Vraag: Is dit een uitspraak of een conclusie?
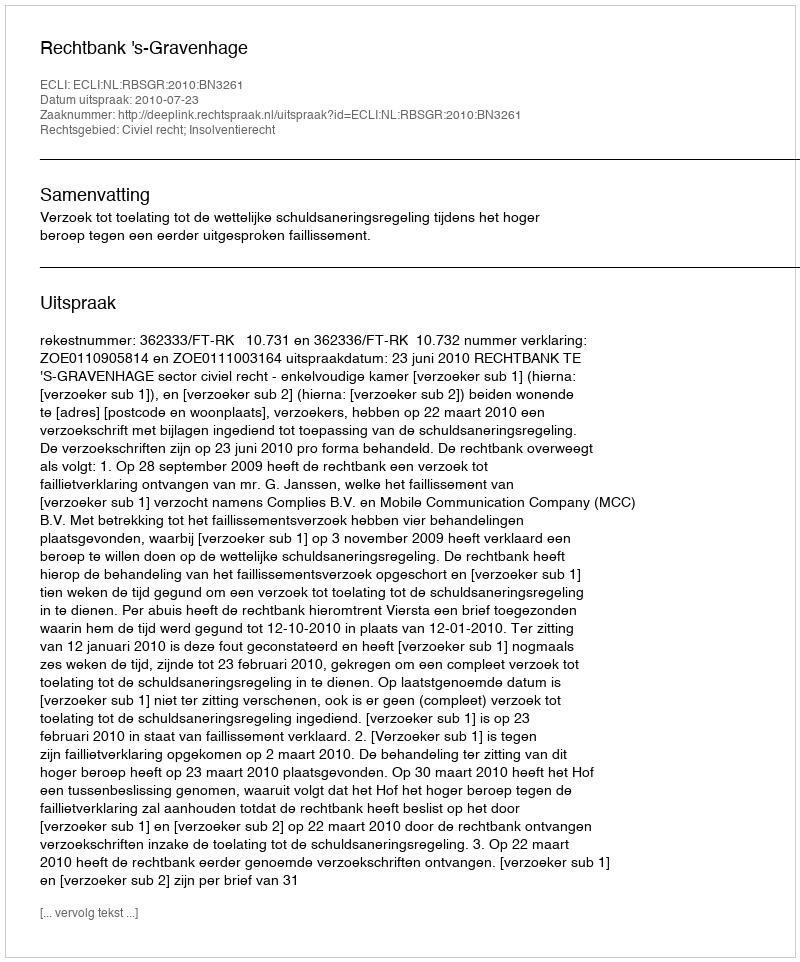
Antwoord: Uitspraak